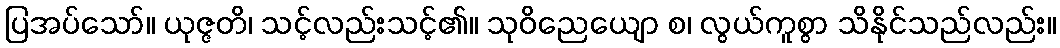
ပြအပ်သော်။ ယုဇ္ဇတိ၊ သင့်လည်းသင့်၏။ သုဝိညေယျော စ၊ လွယ်ကူစွာ သိနိုင်သည်လည်း။